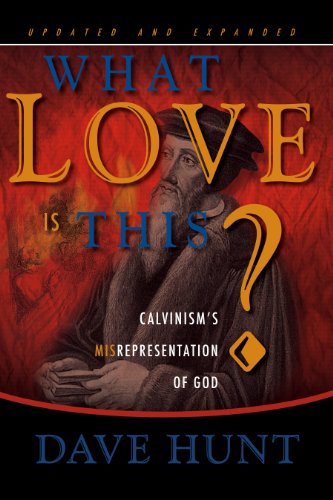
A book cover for What Love is This? Calvinism's Misrepresentation of God; Dave Hunt; Christian Books & Bibles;